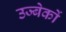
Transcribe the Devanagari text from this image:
उज्बेकों